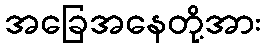
အခြေအနေတို့အား